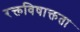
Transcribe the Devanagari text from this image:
रक्तविषाक्तता